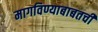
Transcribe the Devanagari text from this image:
मागविण्याबाबतची